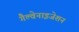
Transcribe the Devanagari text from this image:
गैल्वेनाइजेशन